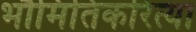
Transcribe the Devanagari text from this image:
भौमितिकरित्या